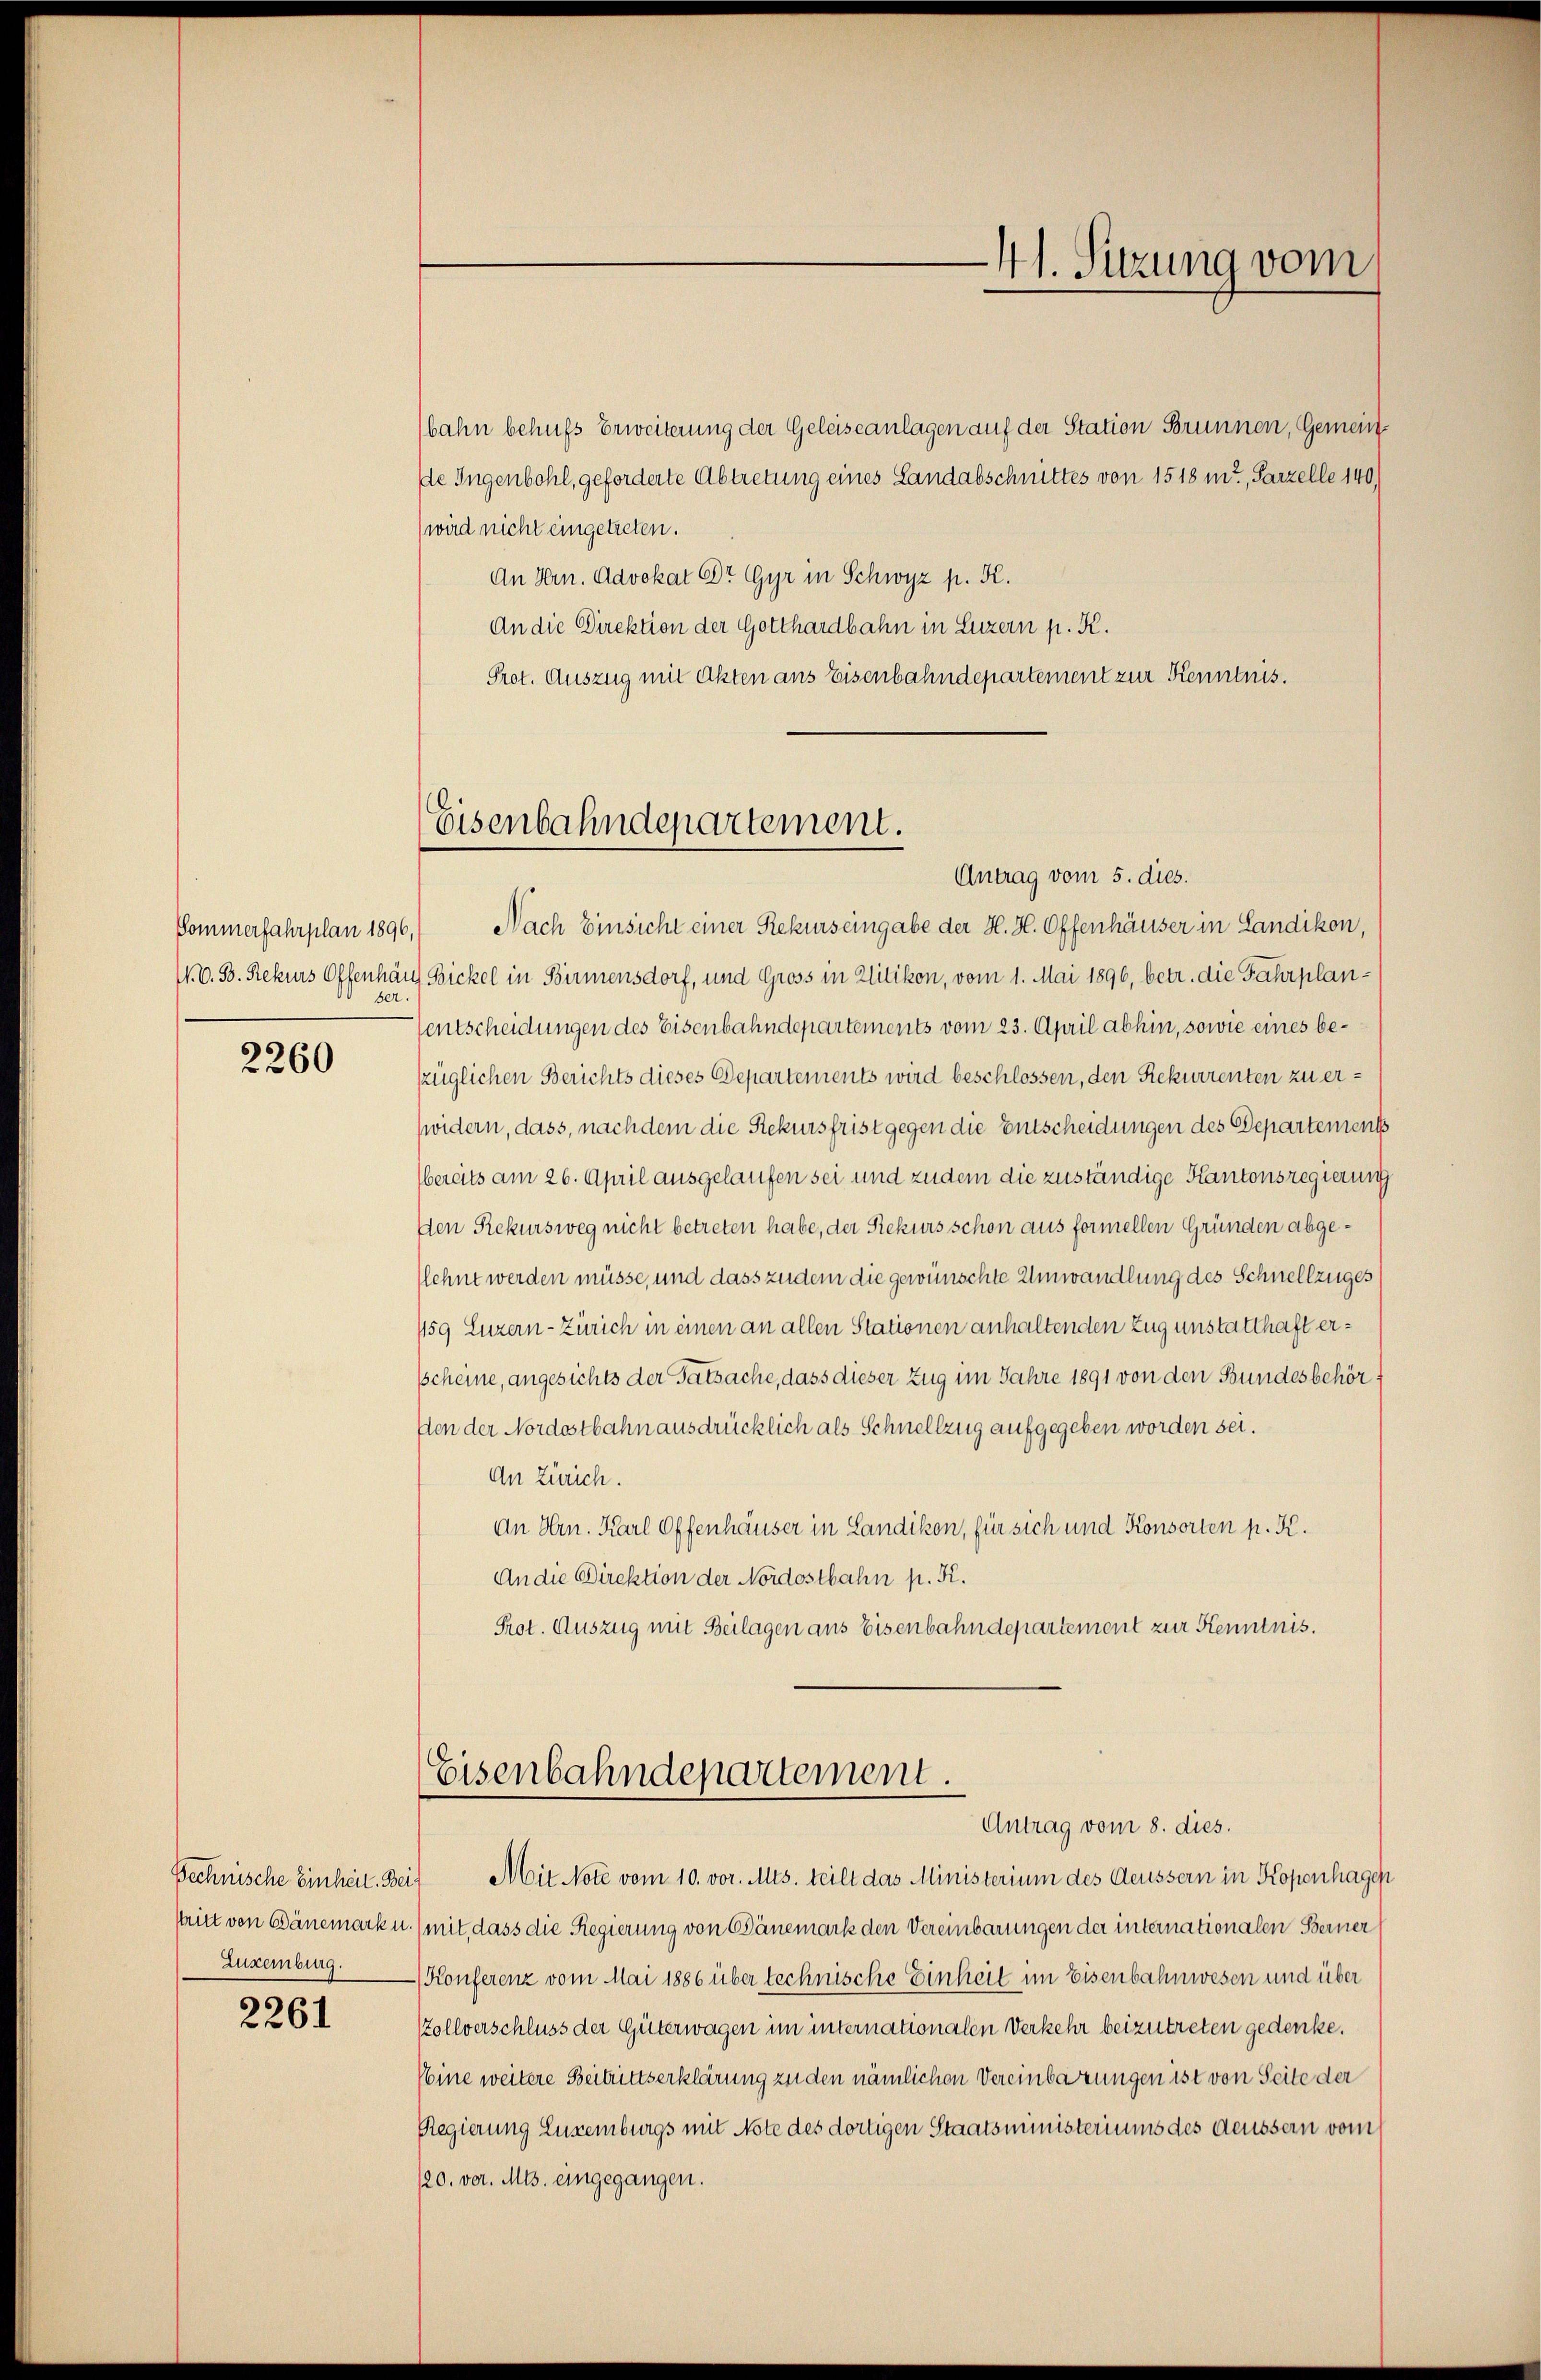
ser.

2260

Zuxenburg.

2261

bahn behufs Erweiterung der Geleiseanlagen auf der Station Brunnen, Gemeinde Jugenbohl, geforderte Abtretung eines Landabschnittes von 1518 m?, Parzelle 140)
(wird nicht eingetreten.
An Hrn. Advokat Dr. Gyr in Schwyz p. K.
An die Direktion der Gotthardbahn in Luzern p. K.
Prot. Auszug mit Akten ans Eisenbahndepartement zur Kenntnis.
Pommerfahrplan 1896, Nach Einsicht einer Rekurs eingabe der H. H. Offenhäuser in Landikon,
N. O. S. Rekurs Offenhang Bickel in Birmensdorf, und Gross in Uitikon, vom 1. Mai 1896, betr. die Fahrplanentscheidungen des Eisenbahndepartements vom 23. April abhin, sowie eines bezüglichen Berichts dieses Departements wird beschlossen, den Rekurrenten zu erwidern, dass, nach dem die Rekursfrist gegen die Entscheidungen des Departements
bereits am 26. April ausgelaufen sei und zudem die zuständige Kantonsregierung
Den Rekursweg nicht betreten habe, der Rekurs schon aus formellen Gründen abgelehnt werden müsse, und dass zudem die gewünschte Umwandlung des Schnellzuges
159 Luzern - Zürich in einen an allen Stationen anhaltenden Zug unstatthaft ersscheine, angesichts der Tatsache, dass dieser Zug im Jahre 1891 von den Bundesbehörften der Nordostbahn ausdrücklich als Schnellzug aufgegeben worden sei.
An Zürich.
An Hrn. Karl Offenhäuser in Landikon, für sich und Konsorten p. K.
An die Direktion der Nordostbahn p. K.
Prot. Auszug mit Beilagen aus Eisenbahndepartement zur Kenntnis.
Eisenbahndepartement.
Antrag vom 8. dies.
Bechnische Einheit. Bei Mit Note vom 10. vor. Mts. teilt das Ministerium des Aeussern in Kopenhage
stritt von Bänemarku. (mit dass die Regierung von Bänemark den Vereinbarungen der internationalen Berner
-Konferenz vom Mai 1886 über technische Einheit im Eisenbahnwesen und über
stollverschluss der Güterwagen im internationalen Verkehr beizutreten gedenke.
(eine weitere Beitrittserklärung zu den nämlichen Vereinbarungen ist von Seite der
Regierung Luxenburgs mit Note des dortigen Staatsministeriums des deussern vom
120. vor. Mts. eingegangen.

Eisenbahndepartement.
Antrag vom 5. dies.

41. Sitzung vom
—